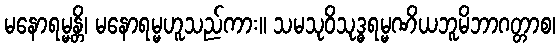
မနောရမ္မန္တိ၊ မနောရမ္မဟူသည်ကား။ သမသုဝိသုဒ္ဓရမ္မဏိယဘူမိဘာဂတ္တာစ၊